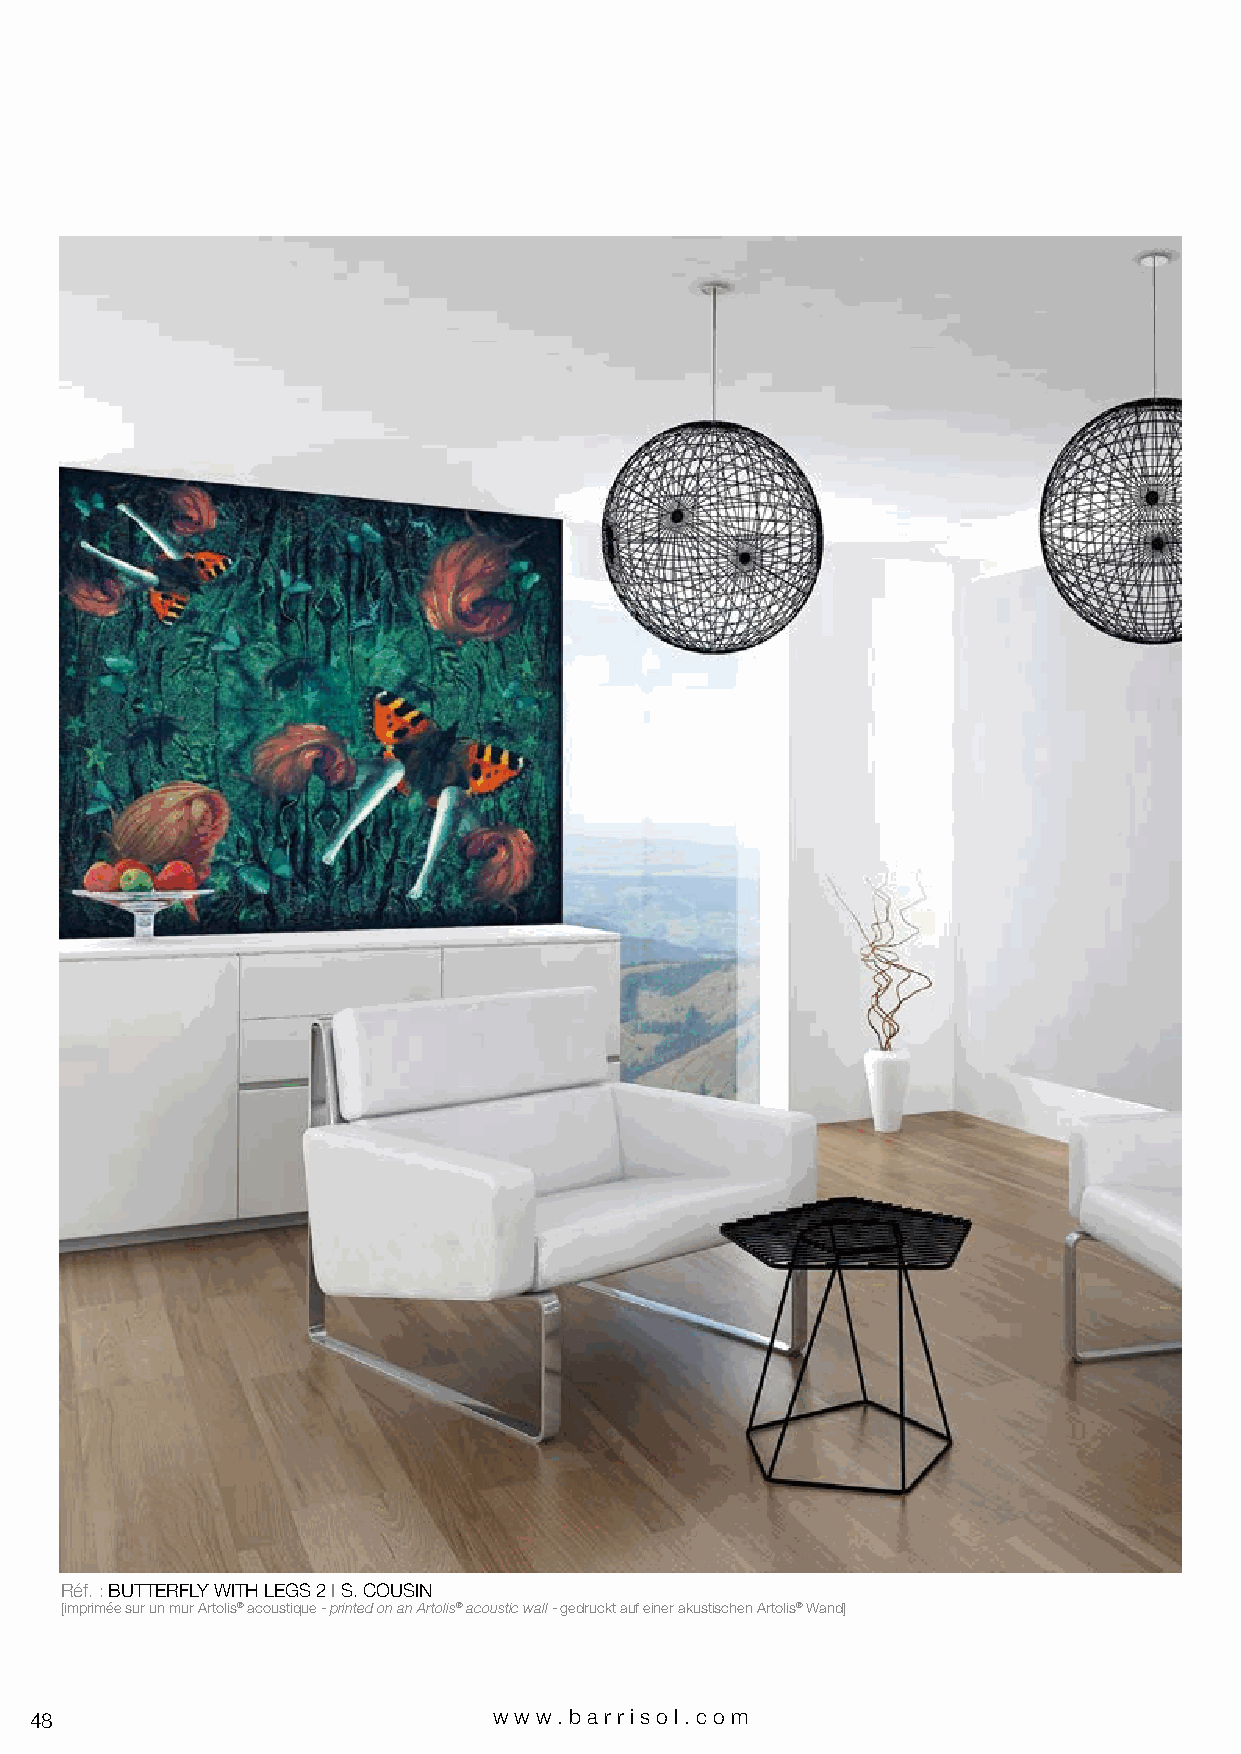
Réf. : BUTTERFLY WITH LEGS 2 I S. COUSIN
 [imprimée sur un mur Artolis® acoustique - printed on an Artolis® acoustic wall - gedruckt auf einer akustischen Artolis® Wand]
 48                             www.bar riso l. com